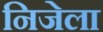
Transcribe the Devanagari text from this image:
निजेला